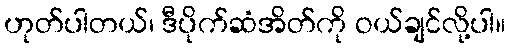
ဟုတ်ပါတယ်၊ ဒီပိုက်ဆံအိတ်ကို ဝယ်ချင်လို့ပါ။